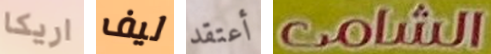
اريكا ليف أعتقد الشامى